Report of the Indian Hemp Drugs Commission, 1894-1895 - Volume IV
Year: 1894
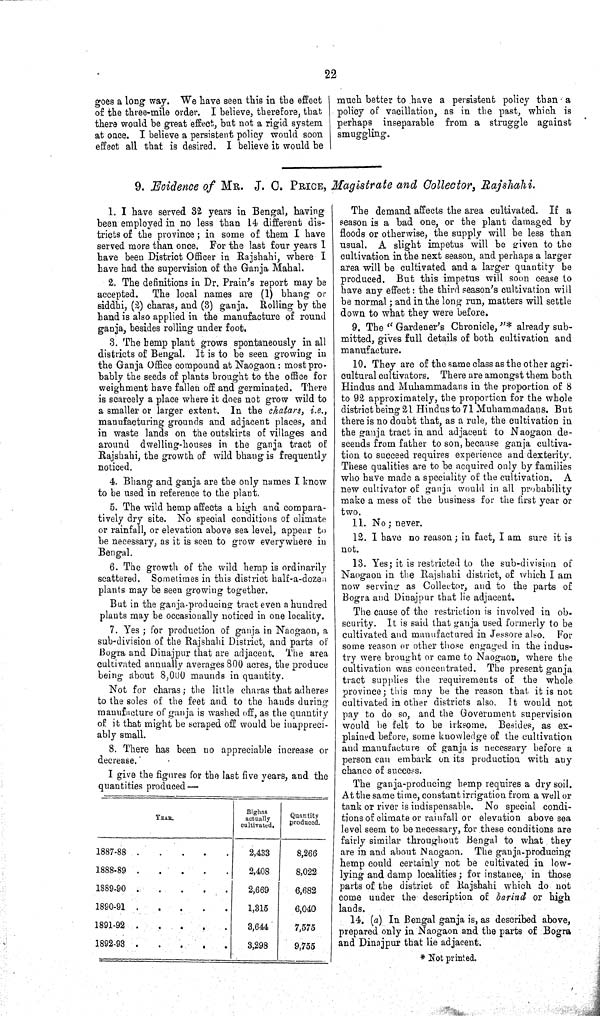
22
goes a long way. We have seen this in the effect
of the three-mile order. I believe, therefore, that
there would be great effect, but not a rigid system
at once. I believe a persistent policy would soon
effect all that is desired. I believe it would be
much better to have a persistent policy than a
policy of vacillation, as in the past, which is
perhaps inseparable from a struggle against
smuggling.
9. Evidence of MR. J. C. PRICE, Magistrate and Collector, Rajshahi.
1. I have served 32 years in Bengal, having
been employed in no less than 14 different dis-
tricts of the province; in some of them I have
served more than once. For the last four years I
have been District Officer in Rajshahi, where I
have had the supervision of the Ganja Mahal.
2. The definitions in Dr. Prain's report may be
accepted.
The local names are (1) bhang or
siddhi, (2) charas, and (3) ganja. Rolling by the
hand is also applied in the manufacture of round
ganja, besides rolling under foot.
3. The hemp plant grows spontaneously in all
districts of Bengal. It is to be seen growing in
the Ganja Office compound at Naogaon: most pro-
bably the seeds of plants brought to the office for
weighment have fallen off and germinated. There
is scarcely a place where it does not grow wild to
a smaller or larger extent. In the chatars, i.e.,
manufacturing grounds and adjacent places, and
in waste lands on the outskirts of villages and
around dwelling-houses in the ganja tract of
Rajshahi, the growth of wild bhang is frequently
noticed.
4. Bhang and ganja are the only names I know
to be used in reference to the plant.
5. The wild hemp affects a high and compara-
tively dry site. No special conditions of climate
or rainfall, or elevation above sea level, appear to
be necessary, as it is seen to grow everywhere in
Bengal.
6. The growth of the wild hemp is ordinarily
scattered. Sometimes in this district half-a-dozen
plants may be seen growing together.
But in the ganja-producing tract even a hundred
plants may be occasionally noticed in one locality.
7. Yes; for production of ganja in Naogaon, a
sub-division of the Rajshahi District, and parts of
Bogra and Dinajpur that are adjacent. The area
cultivated annually averages 800 acres, the produce
being about 8,000 maunds in quantity.
Not for charas; the little charas that adheres
to the soles of the feet and to the hands during
manufacture of ganja is washed off, as the quantity
of it that might be scraped off would be inappreci-
ably small.
8. There has been no appreciable increase or
decrease.
I give the figures for the last five years, and the
quantities produced—
YEAR.
Bighas
actually
cultivated.
Quantity
produced.
1887-88
2,433
8,266
1888-89
2,408
8,022
1889-90
2,669
6,682
1890-91
1,315
6,040
1891-92
3,644
7,575
1892-93
3,298
9,755
The demand affects the area cultivated. If a
season is a bad one, or the plant damaged by
floods or otherwise, the supply will be less than
usual. A slight impetus will be given to the
cultivation in the next season, and perhaps a larger
area will be cultivated and a larger quantity be
produced. But this impetus will soon cease to
have any effect: the third season's cultivation will
be normal; and in the long run, matters will settle
down to what they were before.
9. The "Gardener's Chronicle,"* already sub-
mitted, gives full details of both cultivation and
manufacture.
10. They are of the same class as the other agri-
cultural cultivators. There are amongst them both
Hindus and Muhammadans in the proportion of 8
to 92 approximately, the proportion for the whole
district being 21 Hindus to 71 Muhammadans. But
there is no doubt that, as a rule, the cultivation in
the ganja tract in and adjacent to Naogaon de-
scends from father to son, because ganja cultiva-
tion to succeed requires experience and dexterity.
These qualities are to be acquired only by families
who have made a speciality of the cultivation. A
new cultivator of ganja would in all probability
make a mess of the business for the first year or
two.
11. No; never.
12. I have no reason; in fact, I am sure it is
not.
13. Yes; it is restricted to the sub-division of
Naogaon in the Rajshahi district, of which I am
now serving as Collector, and to the parts of
Bogra and Dinajpur that lie adjacent.
The cause of the restriction is involved in ob-
scurity. It is said that ganja used formerly to be
cultivated and manufactured in Jessore also. For
some reason or other those engaged in the indus-
try were brought or came to Naogaon, where the
cultivation was concentrated. The present ganja
tract supplies the requirements of the whole
province; this may be the reason that it is not
cultivated in other districts also. It would not
pay to do so, and the Government supervision
would be felt to be irksome. Besides, as ex-
plained before, some knowledge of the cultivation
and manufacture of ganja is necessary before a
person can embark on its production with any
chance of success.
The ganja-producing hemp requires a dry soil.
At the same time, constant irrigation from a well or
tank or river is indispensable. No special condi-
tions of climate or rainfall or elevation above sea
level seem to be necessary, for these conditions are
fairly similar throughout Bengal to what they
are in and about Naogaon. The ganja-producing
hemp could certainly not be cultivated in low-
lying and damp localities; for instance, in those
parts of the district of Rajshahi which do not
come under the description of barind or high
lands.
14. (a) In Bengal ganja is, as described above,
prepared only in Naogaon and the parts of Bogra
and Dinajpur that lie adjacent.
*Not printed.